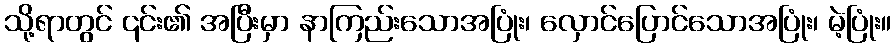
သို့ရာတွင် ၎င်း၏ အပြီးမှာ နာကြည်းသောအပြုံး၊ လှောင်ပြောင်သောအပြုံး၊ မဲ့ပြုံး။